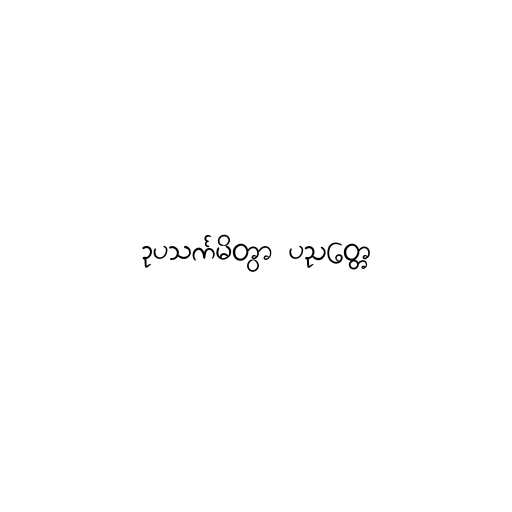
ဥပသင်္ကမိတွာ ပညတ္တေ